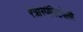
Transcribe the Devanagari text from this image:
रेत्रोस्पेक्टिवेली